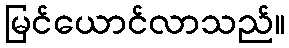
မြင်ယောင်လာသည်။